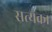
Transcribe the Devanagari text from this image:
सत्यका